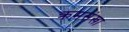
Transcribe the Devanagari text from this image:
क्रमसंखा